Annual report of the Punjab Veterinary College and of the Civil Veterinary Department, Punjab - 1894-1908
Year: 1894
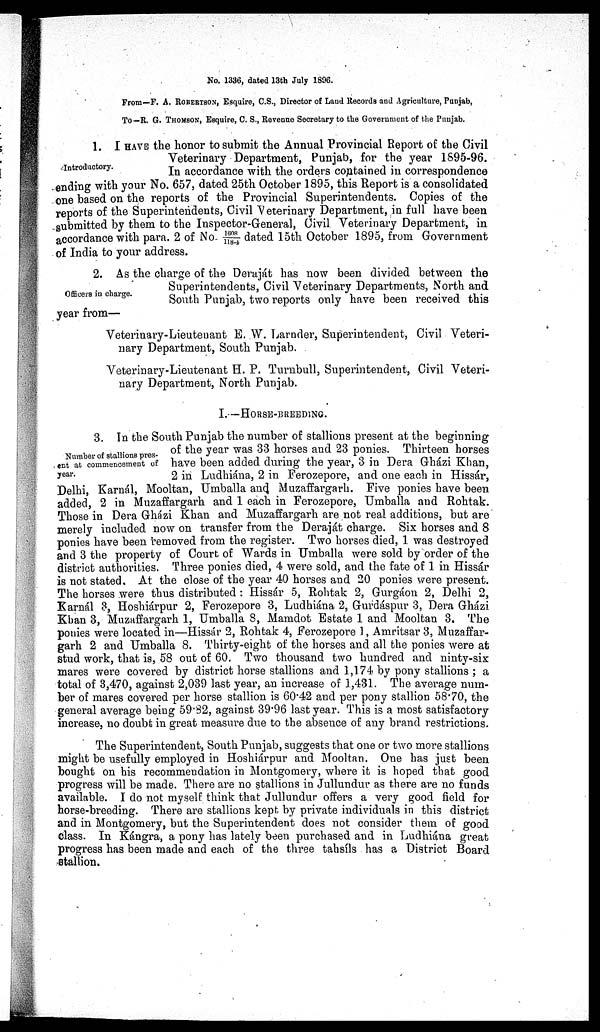
No. 1336, dated 13th July 1896.
From—F. A. ROBERTSON, Esquire, C.S., Director of Land Records and Agriculture, Punjab,
To—R. G. THOMSON, Esquire, C. S., Revenue Secretary to the Government of the Punjab.
Introductory.
1. I HAVE the honor to submit the Annual Provincial Report of the Civil
Veterinary Department, Punjab, for the year 1895-96.
In accordance with the orders contained in correspondence
ending with your No. 657, dated 25th October 1895, this Report is a consolidated
one based on the reports of the Provincial Superintendents. Copies of the
reports of the Superintendents, Civil Veterinary Department, in full have been
submitted by them to the Inspector-General, Civil Veterinary Department, in
accordance with para. 2 of No. 1608/1184 dated 15th October 1895, from Government
of India to your address.
Officers in charge.
2. As the charge of the Deraját has now been divided between the
Superintendents, Civil Veterinary Departments, North and
South Punjab, two reports only have been received this
year from—
Veterinary-Lieuteuant E. W. Larnder, Superintendent, Civil Veteri-
nary Department, South Punjab.
Veterinary-Lieutenant H. P. Turnbull, Superintendent, Civil Veteri-
nary Department, North Punjab.
I.—HORSE-BREEDING.
Number of stallions pres-
ent at commencement of
year.
3. In the South Punjab the number of stallions present at the beginning
of the year was 33 horses and 23 ponies. Thirteen horses
have been added during the year, 3 in Dera Gházi Khan,
2 in Ludhiána, 2 in Ferozepore, and one each in Hissár,
Delhi, Karnál, Mooltan, Umballa and Muzaffargarh. Five ponies have been
added, 2 in Muzaffargarh and 1 each in Ferozepore, Umballa and Rohtak.
Those in Dera Gházi Khan and Muzaffargarh are not real additions, but are
merely included now on transfer from the Deraját charge. Six horses and 8
ponies have been removed from the register. Two horses died, 1 was destroyed
and 3 the property of Court of Wards in Umballa were sold by order of the
district authorities. Three ponies died, 4 were sold, and the fate of 1 in Hissár
is not stated. At the close of the year 40 horses and 20 ponies were present.
The horses were thus distributed: Hissár 5, Rohtak 2, Gurgáon 2, Delhi 2,
Karnál 3, Hoshiárpur 2, Ferozepore 3, Ludhiána 2, Gurdáspur 3, Dera Gházi
Khan 3, Muzaffargarh 1, Umballa 8, Mamdot Estate 1 and Mooltan 3. The
ponies were located in—Hissár 2, Rohtak 4, Ferozepore 1, Amritsar 3, Muzaffar-
garh 2 and Umballa 8. Thirty-eight of the horses and all the ponies were at
stud work, that is, 58 out of 60. Two thousand two hundred and ninty-six
mares were covered by district horse stallions and 1,174 by pony stallions; a
total of 3,470, against 2,039 last year, an increase of 1,431. The average num-
ber of mares covered per horse stallion is 60.42 and per pony stallion 58.70, the
general average being 59.32, against 39.96 last year. This is a most satisfactory
increase, no doubt in great measure due to the absence of any brand restrictions.
The Superintendent, South Punjab, suggests that one or two more stallions
might be usefully employed in Hoshiárpur and Mooltan. One has just been
bought on his recommendation in Montgomery, where it is hoped that good
progress will be made. There are no stallions in Jullundur as there are no funds
available. I do not myself think that Jullundur offers a very good field for
horse-breeding. There are stallions kept by private individuals in this district
and in Montgomery, but the Superintendent does not consider them of good
class. In Kángra, a pony has lately been purchased and in Ludhiána great
progress has been made and each of the three tahsíls has a District Board
stallion.